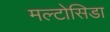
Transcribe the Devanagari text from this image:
मल्टोसिडा